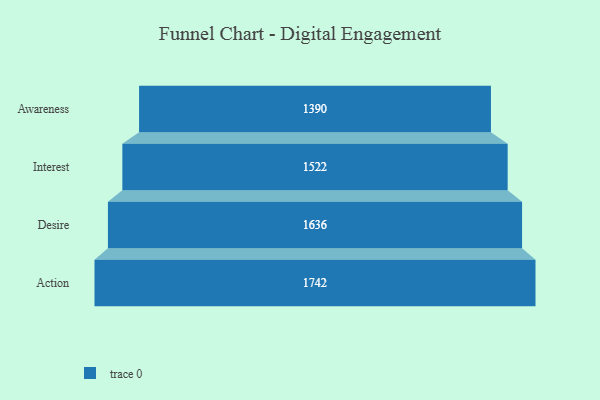
{"axis": {"x": "Stage", "y": "Value"}, "legend": [""], "data": [{"x": "Awareness", "y": 1390.0, "type": ""}, {"x": "Interest", "y": 1522.0, "type": ""}, {"x": "Desire", "y": 1636.0, "type": ""}, {"x": "Action", "y": 1742.0, "type": ""}]}